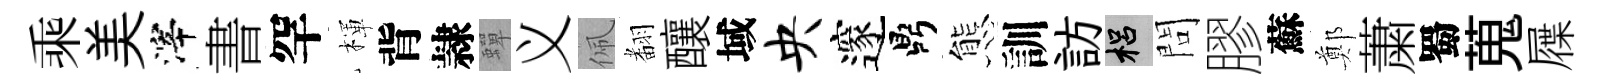
乘美滓書罕楎背隷蟬义佩𮋒釀域央邃鼎態訓訪梠問膠蘇鄭䔥蜀蒐屧